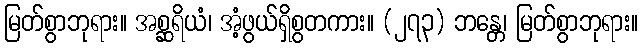
မြတ်စွာဘုရား။ အစ္ဆရိယံ၊ အံ့ဖွယ်ရှိစွတကား။ (၂၇၃) ဘန္တေ၊ မြတ်စွာဘုရား။